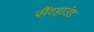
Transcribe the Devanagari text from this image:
सैंटहाउंड